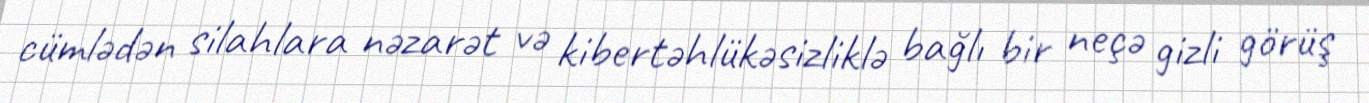
cümlədən silahlara nəzarət və kibertəhlükəsizliklə bağlı bir neçə gizli görüş